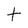
Character: t